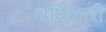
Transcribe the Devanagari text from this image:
अधिकारी